Report on the treatment of epidemic cholera: from information collected by the governments of Bengal, Madras, Bombay, N.W. Provinces, Punjab, Oudh, and Central India, by order of the Government of India
Disease focus: Cholera
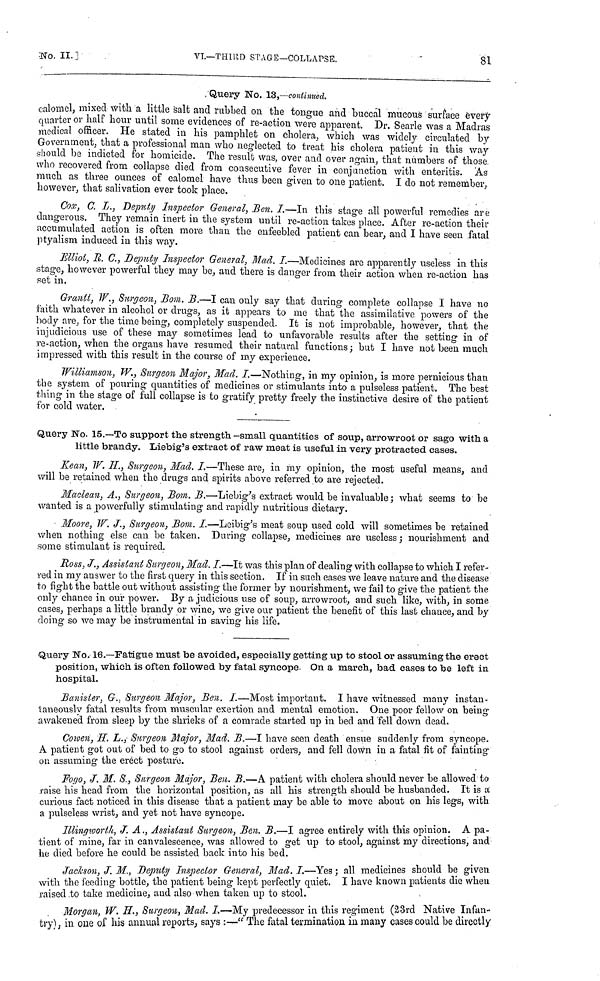
No. II.]
VI.—ΤHIRD STAGE—COLLAPSE.
81
Query No. 13,—continued.
calomel, mixed with a little salt and rubbed on the tongue and buccal mucous surface every
quarter or half hour until some evidences of re-action were apparent. Dr. Searle was a Madras
medical officer. He stated in his pamphlet on cholera, which was widely circulated by
Government, that a professional man who neglected to treat his cholera patient in this way-
should be indicted for homicide. The result was, over and over again, that numbers of those
who recovered from collapse died from consecutive fever in conjunction with enteritis. As
much as three ounces of calomel have thus been given to one patient. I do not remember,
however, that salivation ever took place.
Cox, C. L., Deputy Inspector General, Ben. I.—In this stage all powerful remedies are
dangerous. They remain inert in the system until re-action takes place. After re-action their
accumulated action is often more than the enfeebled patient can bear, and I have seen fatal
ptyalism induced in this way.
Elliot, R. C., Deputy Inspector General, Mad. I.—Medicines are apparently useless in this
stage, however powerful they may be, and there is danger from their action when re-action has
pet in.
Grantt, W., Surgeon, Bom. B.—I can only say that during complete collapse I have no
faith whatever in alcohol or drugs, as it appears to me that the assimilative powers of the
body are, for the time being, completely suspended. It is not improbable, however, that the
injudicious use of these may sometimes lead to unfavorable results after the setting in of
re-action, when the organs have resumed their natural functions ; but I have not been much
impressed with this result in the course of my experience.
Williamson, W., Surgeon Major, Mad. I.—Nothing, in my opinion, is more pernicious than
the system of pouring quantities of medicines or stimulants into a pulseless patient. The best
thing in the stage of full collapse is to gratify pretty freely the instinctive desire of the patient
for cold water.
Query No. 15.—To support the strength-small quantities of soup, arrowroot or sago with a
little brandy. Liebig's extract of raw meat is useful in very protracted cases.
Kean, W. H, Surgeon, Mad. I.—These are, in my opinion, the most useful means, and
will be retained when the drugs and spirits above referred to are rejected.
Maclean, A., Surgeon, Bom. B.—Liebig's extract would be invaluable; what seems to be
wanted is a powerfully stimulating and rapidly nutritious dietary.
Moore, W. J., Surgeon, Bom. I.—Leibig's meat soup used cold will sometimes be retained
when nothing else can be taken. During collapse, medicines are useless; nourishment and
some stimulant is required.
Ross, J., Assistant Surgeon, Mad. I.—It was this plan of dealing with collapse to which I refer-
red in my answer to the first query in this section. If in such cases we leave nature and the disease
to fight the battle out without assisting the former by nourishment, we fail to give the patient the
only chance in our power. By a judicious use of soup, arrowroot, and such like, with, in some
cases, perhaps a little brandy or wine, we give our patient the benefit of this last chance, and by
doing so we may be instrumental in saving his life.
Query No. 16.—Fatigue must be avoided, especially getting up to stool or assuming the erect
position, which is often followed by fatal syncope. On a march, bad cases to be left in
hospital.
Banister G.. Surgeon Major, Ben. I.—Most important. I have witnessed many instan-
taneouslv fatal results from muscular exertion and mental emotion. One poor fellow on being
awakened from sleep by the shrieks of a comrade started up m bed and fell down dead.
Cowen, H. L., Surgeon Major, Mad. B.—I have seen death ensue suddenly from syncope.
A patient got out of bed to go to stool against orders, and fell down m a fatal fit of fainting
on assuming the erect posture.
Fogo, J. M. S., Surgeon Major, Ben. B.-A patient with cholera should never be allowed to
raise his head from the horizontal position, as all his strength should be husbanded. It is a
curious fact noticed in this disease that a patient may be able to move about on his legs, with
a pulseless wrist, and yet not have syncope.
Illinqworth, J. A., Assistant Surgeon, Ben. B.-I agree entirely with this opinion. A pa-
tient of mine, far in canvalescence, was allowed to get up to stool, against my directions, and
he died before he could be assisted back into his bed.
Jacksonn J. M., Deputy Inspector General, Mad. I.-Yes; all medicines should be given
with the feeding bottle, the patient being kept perfectly quiet. I have known patients die when
raised to take medicine, and also when taken up to stool.
Morgan W. H., Surgeon, Mad. I.—My predecessor in this regiment (23rd Native Infan-
try) , in one of his annual reports, says :— "The fatal termination m many cases could be directly